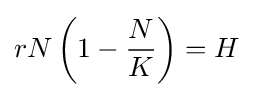
rN\left(1-{\frac {N}{K}}\right)=H